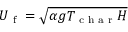
U _ { \textrm { f } } = \sqrt { \alpha g T _ { \textrm { c h a r } } H }